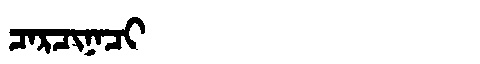
Manchu: ᠴᠠᡵᠴᡳᠨᠠᠴᡳ
Romanization: CARCINACI